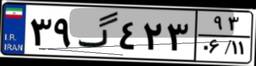
۱۳گ۷۷۶۲۴